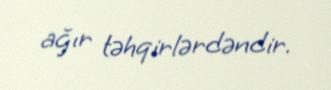
ağır təhqirlərdəndir.